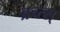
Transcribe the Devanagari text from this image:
ब्रच्त्स्